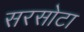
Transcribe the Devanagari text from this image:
सरसोटा